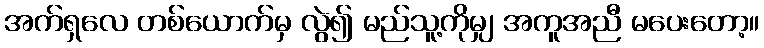
အက်ရှလေ တစ်ယောက်မှ လွဲ၍ မည်သူ့ကိုမျှ အကူအညီ မပေးတော့။